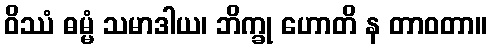
ဝိဿံ ဓမ္မံ သမာဒါယ၊ ဘိက္ခု ဟောတိ န တာဝတာ။